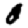
Digit: 0